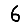
Digit: 6